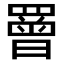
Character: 罾